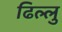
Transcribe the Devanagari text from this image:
ढिल्लु